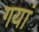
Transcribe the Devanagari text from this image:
गयां